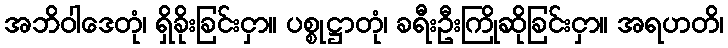
အဘိဝါဒေတုံ၊ ရှိခိုးခြင်းငှာ။ ပစ္စုဋ္ဌာတုံ၊ ခရီးဦးကြိုဆိုခြင်းငှာ။ အရဟတိ၊